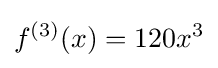
f^{(3)}(x)=120x^{3}